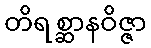
တိရစ္ဆာနဝိဇ္ဇာ